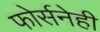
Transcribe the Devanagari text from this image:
फोर्सनेही